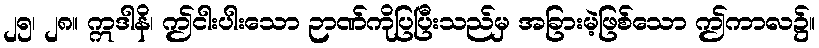
၂၅၊ ၂၈။ ဣဒါနိ၊ ဤငါးပါးသော ဉာဏ်ကိုပြပြီးသည်မှ အခြားမဲ့ဖြစ်သော ဤကာလ၌။